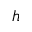
h